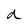
Character: d